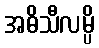
အဓိသီလမ္ပိ